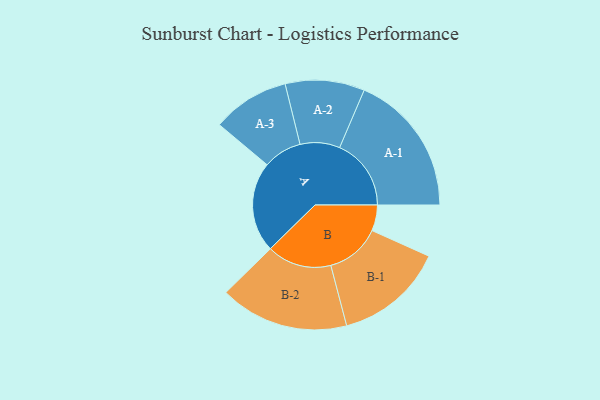
{"axis": {"x": "Segment", "y": "Value"}, "legend": ["", "A", "B"], "data": [{"x": "A", "y": 360, "type": ""}, {"x": "B", "y": 103, "type": ""}, {"x": "A-1", "y": 285, "type": "A"}, {"x": "A-2", "y": 158, "type": "A"}, {"x": "A-3", "y": 154, "type": "A"}, {"x": "B-1", "y": 218, "type": "B"}, {"x": "B-2", "y": 257, "type": "B"}]}